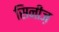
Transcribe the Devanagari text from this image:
सिनीज़